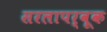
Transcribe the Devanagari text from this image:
सरलापर्वूक